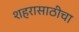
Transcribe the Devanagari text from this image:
शहरासाठीचा